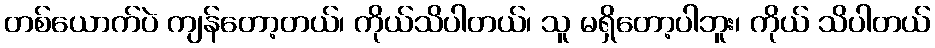
တစ်ယောက်ပဲ ကျန်တော့တယ်၊ ကိုယ်သိပါတယ်၊ သူ မရှိတော့ပါဘူး၊ ကိုယ် သိပါတယ်